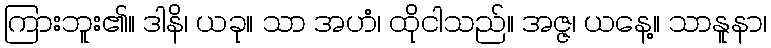
ကြားဘူး၏။ ဒါနိ၊ ယခု။ သာ အဟံ၊ ထိုငါသည်။ အဇ္ဇ၊ ယနေ့။ သာနူနာ၊